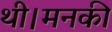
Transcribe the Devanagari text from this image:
थी।मनकी